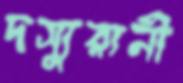
দস্যুরানী